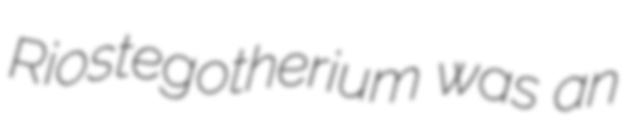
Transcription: Riostegotherium was an